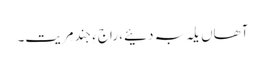
آھاں یلہ بہ دئیے، راجءِ جِند مِریت۔